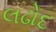
લઢોદ